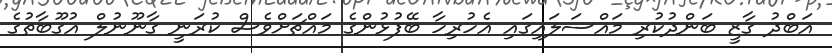
އަބްދު ގާޒީ ބަންދުކުރި މައްސަލައިގައި އެހުރިހާ ބޭފުޅުންގެ މައްޗަށްވެސް ކުރަނީ ގާނޫނުލް އުގޫބާތުގެ